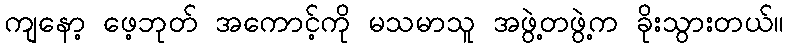
ကျနော့ ဖေ့ဘုတ် အကောင့်ကို မသမာသူ အဖွဲ့တဖွဲ့က ခိုးသွားတယ်။